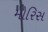
મોરિસ